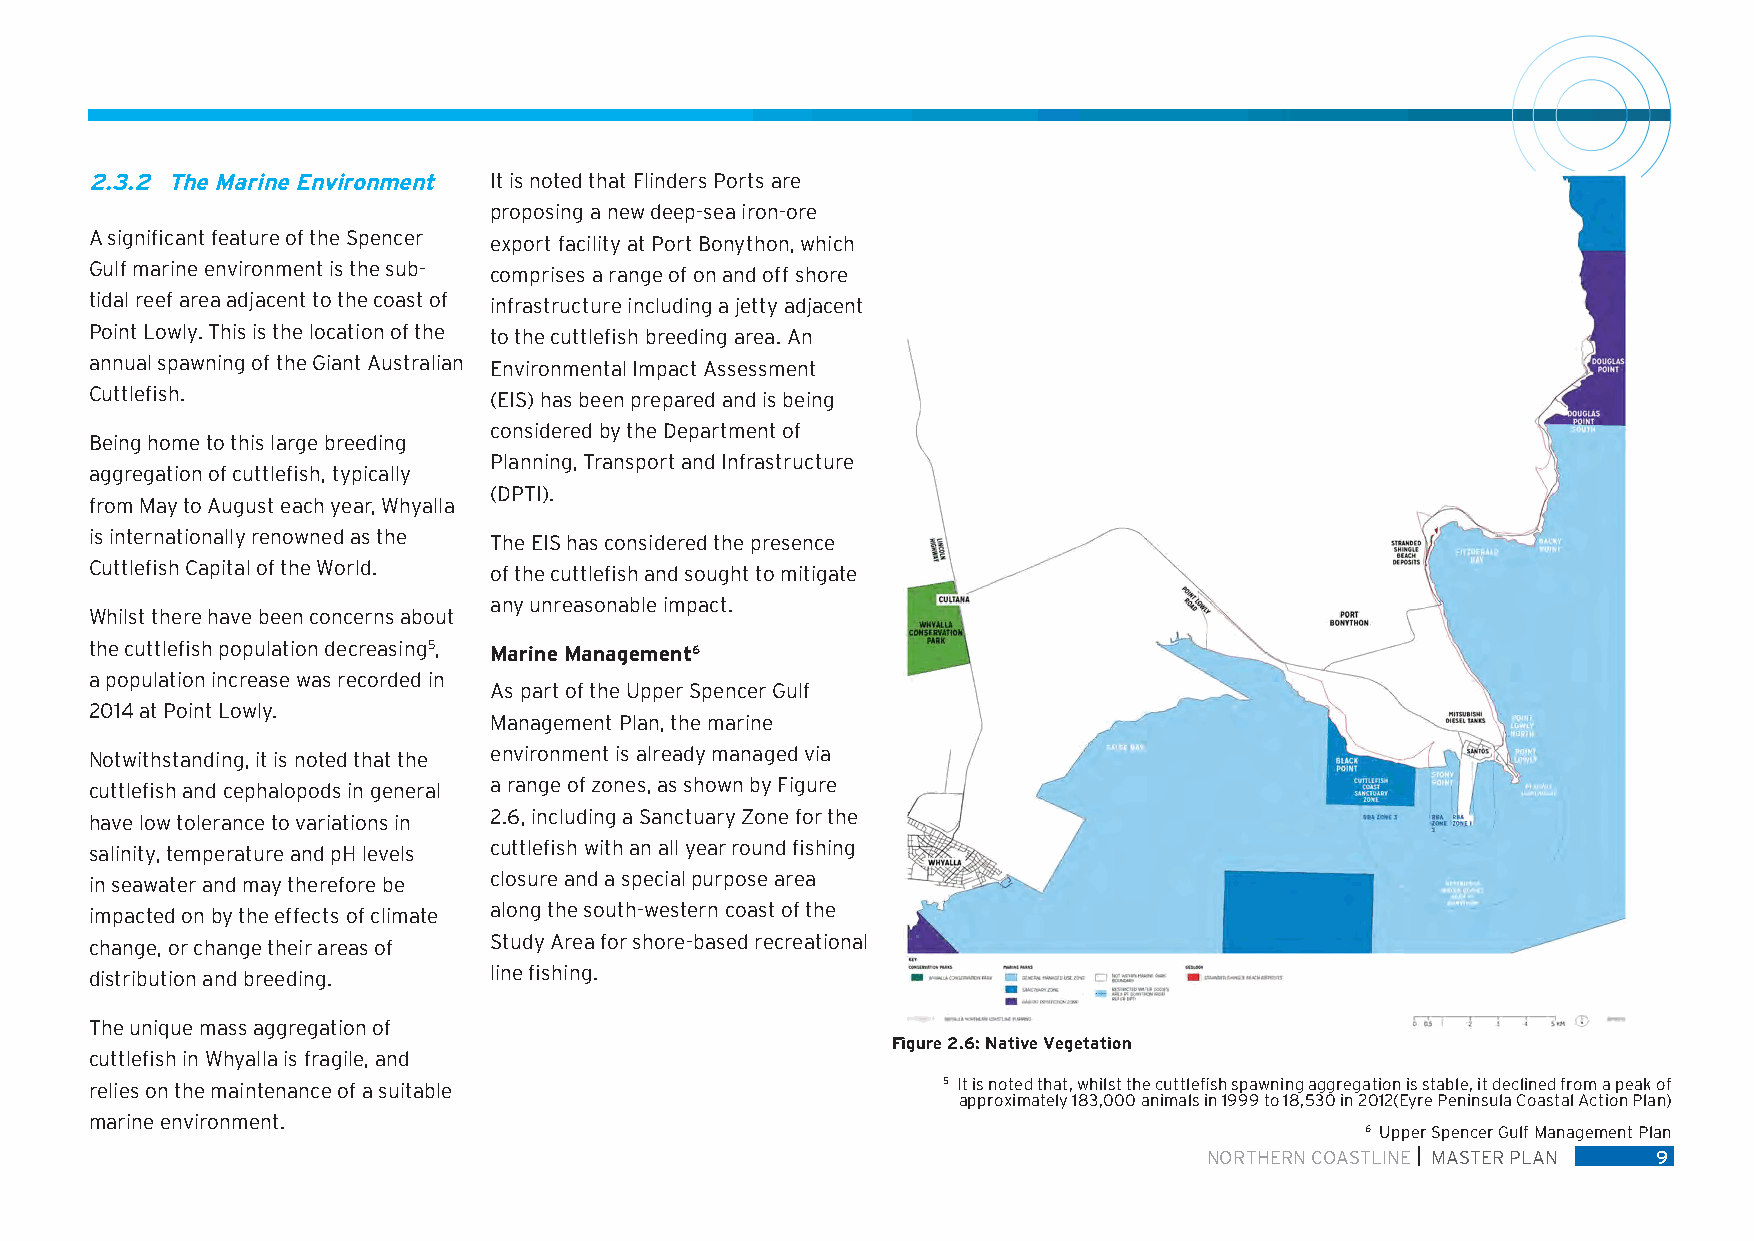
2.3.2 The Marine Environment It is noted that Flinders Ports are
 proposing a new deep-sea iron-ore
 A significant feature of the Spencer export facility at Port Bonython, which
 Gulf marine environment is the sub- comprises a range of on and off shore
 tidal reef area adjacent to the coast of infrastructure including a jetty adjacent
 Point Lowly. This is the location of the to the cuttlefish breeding area. An
 annual spawning of the Giant Australian Environmental Impact Assessment
 Cuttlefish.               (EIS) has been prepared and is being
 considered by the Department of
 Being home to this large breeding
 Planning, Transport and Infrastructure
 aggregation of cuttlefish, typically
 (DPTI).
 from May to August each year, Whyalla
 is internationally renowned as the The EIS has considered the presence
 Cuttlefish Capital of the World. of the cuttlefish and sought to mitigate
 any unreasonable impact.
 Whilst there have been concerns about
 the cuttlefish population decreasing5, Marine Management6
 a population increase was recorded in
 As part of the Upper Spencer Gulf
 2014 at Point Lowly.
 Management Plan, the marine
 Notwithstanding, it is noted that the environment is already managed via
 cuttlefish and cephalopods in general a range of zones, as shown by Figure
 have low tolerance to variations in 2.6, including a Sanctuary Zone for the
 salinity, temperature and pH levels cuttlefish with an all year round fishing
 in seawater and may therefore be closure and a special purpose area
 impacted on by the effects of climate along the south-western coast of the
 change, or change their areas of Study Area for shore-based recreational
 distribution and breeding. line fishing.
 The unique mass aggregation of
 Figure 2.6: Native Vegetation
 cuttlefish in Whyalla is fragile, and
 relies on the maintenance of a suitable                 5 It is noted that, whilst the cuttlefish spawning aggregation is stable, it declined from a peak of
 approximately 183,000 animals in 1999 to 18,530 in 2012(Eyre Peninsula Coastal Action Plan)
 marine environment.
 6 Upper Spencer Gulf Management Plan
 NORTHERN COASTLINE MASTER PLAN 9